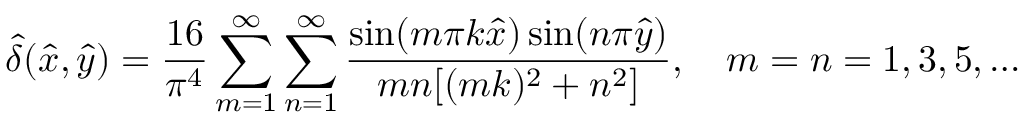
\hat { \delta } ( \hat { x } , \hat { y } ) = \frac { 1 6 } { \pi ^ { 4 } } \sum _ { m = 1 } ^ { \infty } \sum _ { n = 1 } ^ { \infty } \frac { \sin ( m \pi k \hat { x } ) \sin ( n \pi \hat { y } ) } { m n [ ( m k ) ^ { 2 } + n ^ { 2 } ] } , \ \ \ m = n = 1 , 3 , 5 , \dots